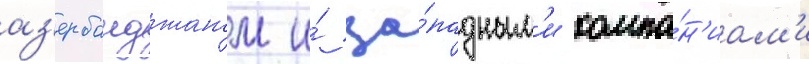
аз'ербаиджаном и́ за́падным'и компа́н'иам'и